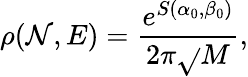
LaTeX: \rho(\mathcal{N},E)=\frac{{e^{S(\alpha_{0},\beta_{0})}}}{{2\pi\sqrt{}{{M}}}},